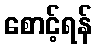
စောင့်ရန်